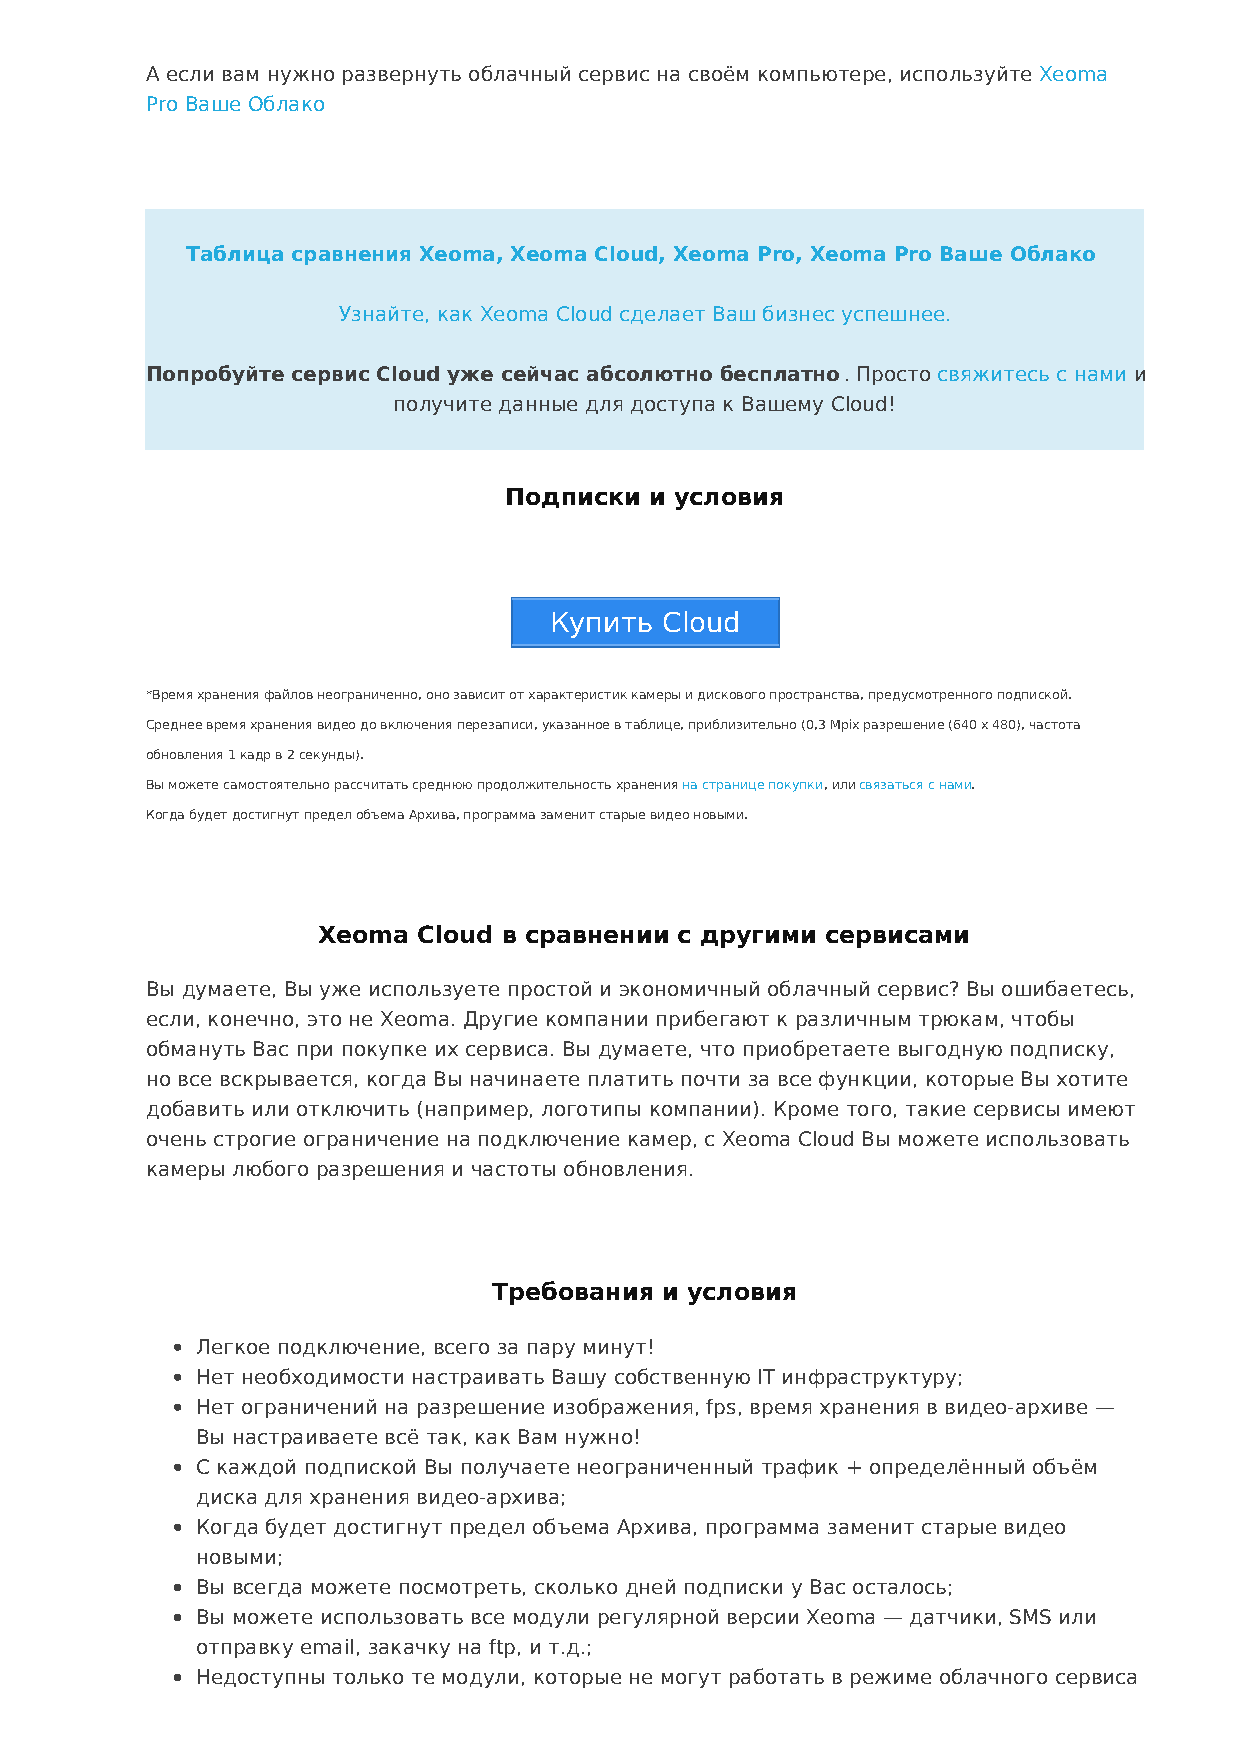
А если вам нужно развернуть облачный сервис на своём компьютере, используйте Xeoma
 Pro Ваше Облако
 Таблица сравнения Xeoma, Xeoma Cloud, Xeoma Pro, Xeoma Pro Ваше Облако
 Узнайте, как Xeoma Cloud сделает Ваш бизнес успешнее.
 Попробуйте сервис Cloud уже сейчас абсолютно бесплатно. Просто свяжитесь с нами и
 получите данные для доступа к Вашему Cloud!
 Подписки  и условия
 Купить  Cloud
 *Время хранения файлов неограниченно, оно зависит от характеристик камеры и дискового пространства, предусмотренного подпиской.
 Среднее время хранения видео до включения перезаписи, указанное в таблице, приблизительно (0,3 Mpix разрешение (640 х 480), частота
 обновления 1 кадр в 2 секунды).
 Вы можете самостоятельно рассчитать среднюю продолжительность хранения на странице покупки, или связаться с нами.
 Когда будет достигнут предел объема Архива, программа заменит старые видео новыми.
 Xeoma  Cloud в сравнении с другими сервисами
 Вы думаете, Вы уже используете простой и экономичный облачный сервис? Вы ошибаетесь,
 если, конечно, это не Xeoma. Другие компании прибегают к различным трюкам, чтобы
 обмануть Вас при покупке их сервиса. Вы думаете, что приобретаете выгодную подписку,
 но все вскрывается, когда Вы начинаете платить почти за все функции, которые Вы хотите
 добавить или отключить (например, логотипы компании). Кроме того, такие сервисы имеют
 очень строгие ограничение на подключение камер, с Xeoma Cloud Вы можете использовать
 камеры любого разрешения и частоты обновления.
 Требования и условия
 Легкое подключение, всего за пару минут!
 Нет необходимости настраивать Вашу собственную IT инфраструктуру;
 Нет ограничений на разрешение изображения, fps, время хранения в видео-архиве —
 Вы настраиваете всё так, как Вам нужно!
 С каждой подпиской Вы получаете неограниченный трафик + определённый объём
 диска для хранения видео-архива;
 Когда будет достигнут предел объема Архива, программа заменит старые видео
 новыми;
 Вы всегда можете посмотреть, сколько дней подписки у Вас осталось;
 Вы можете использовать все модули регулярной версии Xeoma — датчики, SMS или
 отправку email, закачку на ftp, и т.д.;
 Недоступны только те модули, которые не могут работать в режиме облачного сервиса